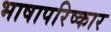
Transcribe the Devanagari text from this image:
भाषापरिष्कार